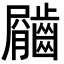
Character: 𪙇